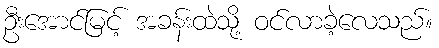
ဦးအောင်မြင့် အခန်းထဲသို့ ဝင်လာခဲ့လေသည်။